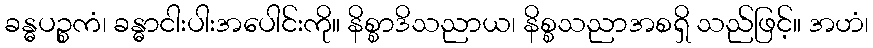
ခန္ဓပဉ္စကံ၊ ခန္ဓာငါးပါးအပေါင်းကို။ နိစ္စာဒိသညာယ၊ နိစ္စသညာအစရှိ သည်ဖြင့်။ အဟံ၊